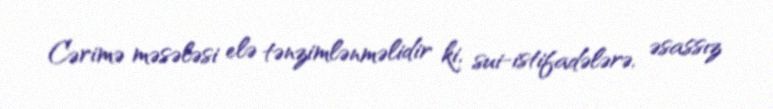
Cərimə məsələsi elə tənzimlənməlidir ki, sui-istifadələrə, əsassız